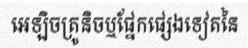
អេឡិចត្រូនិចឬផ្នែកផ្សេងទៀតនៃ